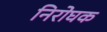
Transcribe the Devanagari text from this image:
निरोघक